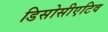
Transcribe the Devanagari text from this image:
डिसोसीएटिव